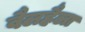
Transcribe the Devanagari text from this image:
वैलहैला